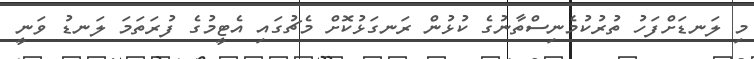
މި ލަނޑަށްފަހު ތުރުކުމެނިސްތާނުގެ ކުޅުން ރަނގަޅުކޮށް މެޗުގައި އެޓީމުގެ ފުރަތަމަ ލަނޑު ވަނީ